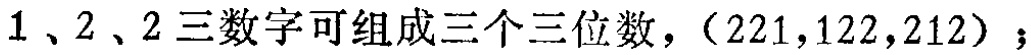
$1、2、2$三数字可组成三个三位数，（$221,122,212$）；